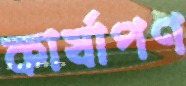
কার্ষাপণ